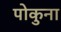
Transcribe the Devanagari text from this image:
पोकुना